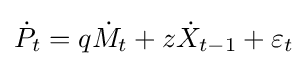
{\dot {P}}_{t}=q{\dot {M}}_{t}+z{\dot {X}}_{t-1}+\varepsilon _{t}